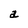
Character: a